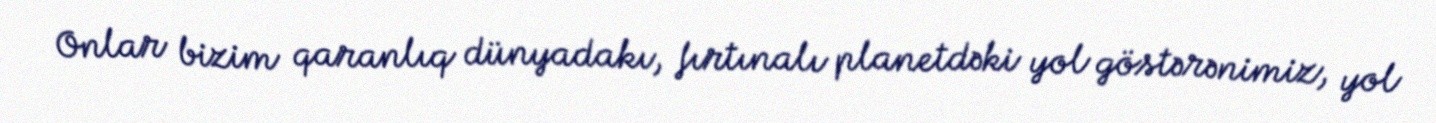
Onlar bizim qaranlıq dünyadakı, fırtınalı planetdəki yol göstərənimiz, yol